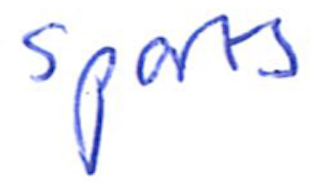
Text: Sports
Cross-out: clean
Writing tool: ballpoint